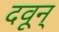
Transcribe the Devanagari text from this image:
दवून्